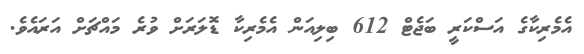
އެމެރިކާގެ އަސްކަރީ ބަޖެޓް 612 ބިލިއަން އެމެރިކާ ޑޮލަރަށް ވުރެ މައްޗަށް އަރައެވެ.